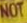
NOT